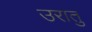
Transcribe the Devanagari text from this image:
उरातु